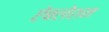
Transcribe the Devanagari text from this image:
ऐबलेशन